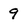
Character: 9